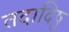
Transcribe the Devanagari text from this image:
तदादिषु